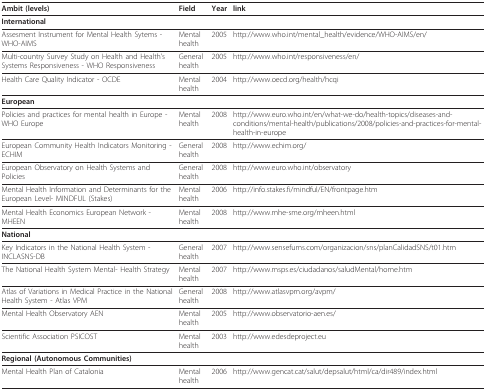
| Ambit (levels) | Field | Year | link |
 | --- | --- | --- | --- |
 | <COLSPAN=4> International |
 | Assesment Instrument for Mental Health Sytems - WHO-AIMS | Mental health | 2005 | http://www.who.int/mental_health/evidence/WHO-AIMS/en/ |
 | Multi-country Survey Study on Health and Health's Systems Responsiveness - WHO Responsiveness | General health | 2005 | http://www.who.int/responsiveness/en/ |
 | Health Care Quality Indicator - OCDE | Mental health | 2004 | http://www.oecd.org/health/hcqi |
 | <COLSPAN=4> European |
 | Policies and practices for mental health in Europe - WHO Europe | Mental health | 2008 | http://www.euro.who.int/en/what-we-do/health-topics/diseases-and-conditions/mental-health/publications/2008/policies-and-practices-for-mental-health-in-europe |
 | European Community Health Indicators Monitoring - ECHIM | General health | 2008 | http://www.echim.org/ |
 | European Observatory on Health Systems and Policies | General health | 2008 | http://www.euro.who.int/observatory |
 | Mental Health Information and Determinants for the European Level- MINDFUL (Stakes) | Mental health | 2006 | http://info.stakes.fi/mindful/EN/frontpage.htm |
 | Mental Health Economics European Network - MHEEN | Mental health | 2008 | http://www.mhe-sme.org/mheen.html |
 | <COLSPAN=4> National |
 | Key Indicators in the National Health System - INCLASNS-DB | General health | 2007 | http://www.sensefums.com/organizacion/sns/planCalidadSNS/t01.htm |
 | The National Health System Mental- Health Strategy | Mental health | 2007 | http://www.msps.es/ciudadanos/saludMental/home.htm |
 | Atlas of Variations in Medical Practice in the National Health System - Atlas VPM | General health | 2008 | http://www.atlasvpm.org/avpm/ |
 | Mental Health Observatory AEN | Mental health | 2005 | http://www.observatorio-aen.es/ |
 | Scientific Association PSICOST | Mental health | 2003 | http://www.edesdeproject.eu |
 | <COLSPAN=4> Regional (Autonomous Communities) |
 | Mental Health Plan of Catalonia | Mental health | 2006 | http://www.gencat.cat/salut/depsalut/html/ca/dir489/index.html |